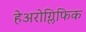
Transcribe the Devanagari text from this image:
हेअरोग्लिफिक